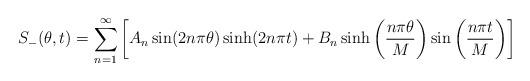
LaTeX: \begin{align*}\begin{aligned}S_-(\theta,t)= \sum_{n=1}^{\infty}\left[A_n \sin(2n\pi\theta)\sinh(2n\pi t)+B_n \sinh\left(\frac{n\pi\theta}{M}\right)\sin\left(\frac{n\pi t}{M}\right)\right]\\\end{aligned}\end{align*}